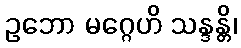
ဥဘော မဂ္ဂေဟိ သန္ဒန္တိ၊